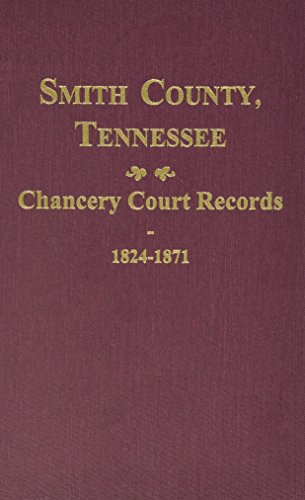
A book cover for Smith County, TN. Chancery Court Records, 1824-1871; Thomas Partlow; Law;